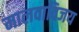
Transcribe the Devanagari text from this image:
मालवाविजय